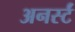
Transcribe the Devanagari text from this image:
अनर्स्टं